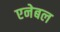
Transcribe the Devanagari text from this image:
एनेबल